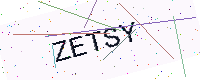
Text: ZETSY